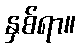
နှစ်ရာ။